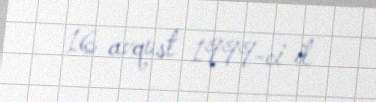
16 avqust 1999-ci il